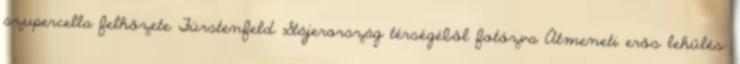
szupercella felhőzete Fürstenfeld Stájerország térségéből fotózva Átmeneti erős lehűlés: